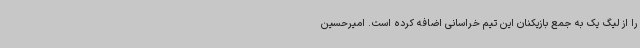
را از لیگ یک به جمع بازیکنان این تیم خراسانی اضافه کرده است. امیرحسین